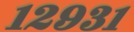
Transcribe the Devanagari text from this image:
१२९३१